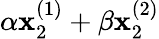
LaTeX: \alpha\mathbf{x}_{2}^{(1)}+\beta\mathbf{x}_{2}^{(2)}